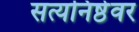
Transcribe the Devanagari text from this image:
सत्यनिष्ठेवर